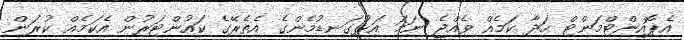
އެޕޮއިންޓްމަންޓް ހަދާ ކަމެއް ވެއްޖެ ނަމަ އަޅުގަނޑުމެންގެ އެތެރޭގެ ކައުންޓަރުން އެކަމެއް ކުރަން